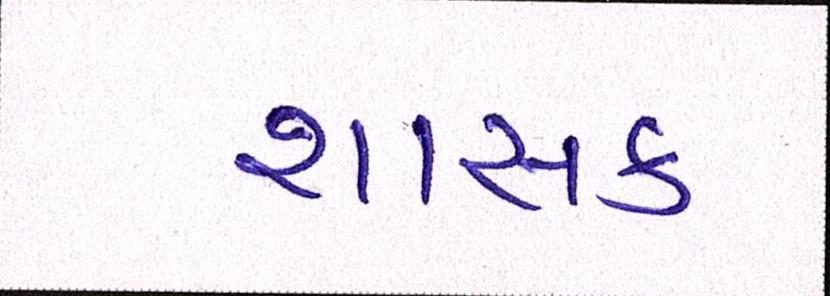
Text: શાસક